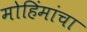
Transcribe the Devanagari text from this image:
मोहिंमांचा